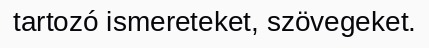
tartozó ismereteket, szövegeket.